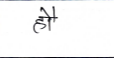
मजकूर: हौ